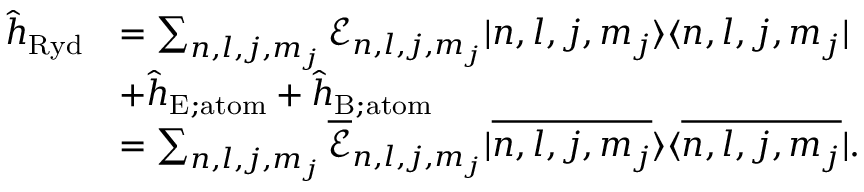
\begin{array} { r l } { \hat { h } _ { \mathrm { R y d } } } & { = \sum _ { n , l , j , m _ { j } } \mathcal { E } _ { n , l , j , m _ { j } } | n , l , j , m _ { j } \rangle \langle n , l , j , m _ { j } | } \\ & { + \hat { h } _ { \mathrm { E ; a t o m } } + \hat { h } _ { \mathrm { B ; a t o m } } } \\ & { = \sum _ { n , l , j , m _ { j } } \overline { { \mathcal { E } } } _ { n , l , j , m _ { j } } | \overline { { n , l , j , m _ { j } } } \rangle \langle \overline { { n , l , j , m _ { j } } } | . } \end{array}